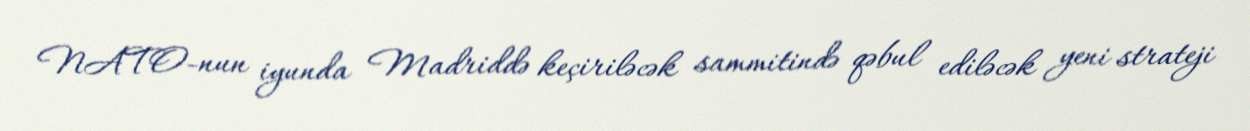
NATO-nun iyunda Madriddə keçiriləcək sammitində qəbul ediləcək yeni strateji